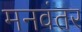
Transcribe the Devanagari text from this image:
मनवंतर